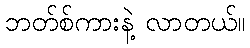
ဘတ်စ်ကားနဲ့ လာတယ်။